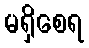
မရှိစေရ